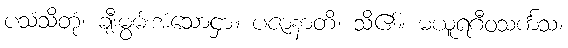
ပသံသိတုံ၊ ချီးမွမ်းအံသောငှာ။ ပဇာနာတိ၊ သိ၏။ မယူရဂီဝသင်္ကသ၊